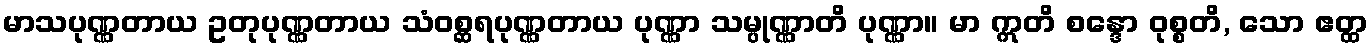
မာသပုဏ္ဏတာယ ဥတုပုဏ္ဏတာယ သံဝစ္ဆရပုဏ္ဏတာယ ပုဏ္ဏာ သမ္ပုဏ္ဏာတိ ပုဏ္ဏာ။ မာ ဣတိ စန္ဒော ဝုစ္စတိ, သော ဧတ္ထ